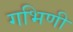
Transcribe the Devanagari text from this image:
गभिणी